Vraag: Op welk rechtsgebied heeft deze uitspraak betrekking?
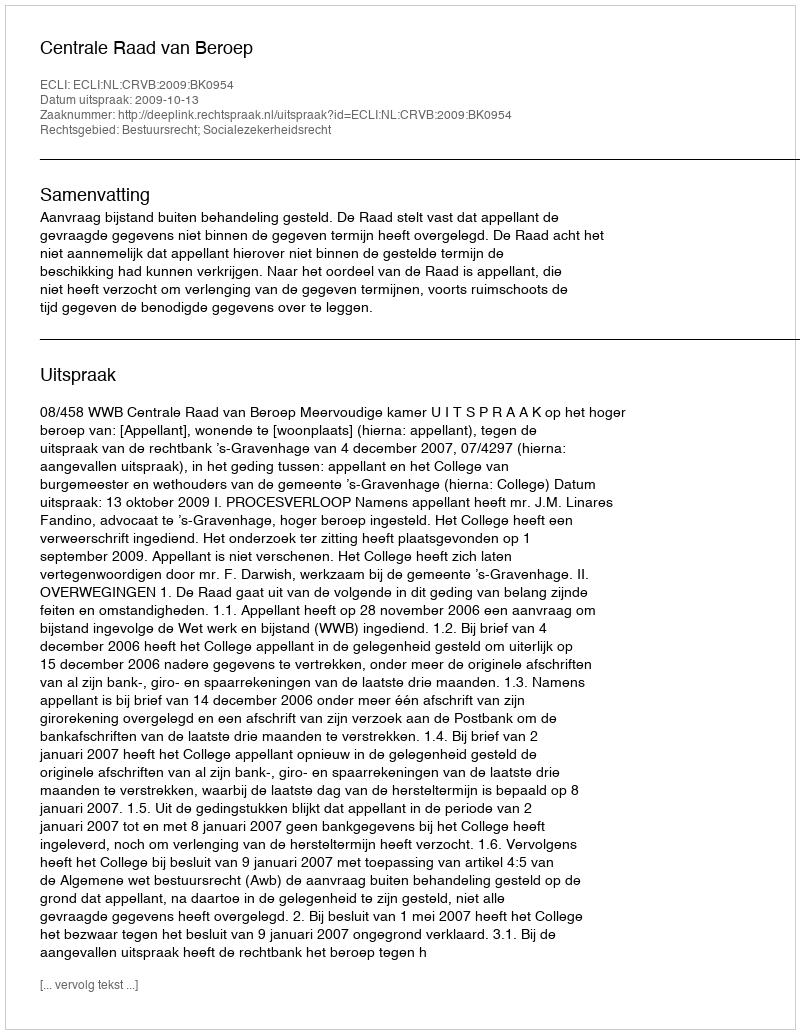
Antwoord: Bestuursrecht; Socialezekerheidsrecht